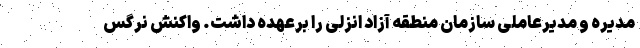
مدیره و مدیرعاملی سازمان منطقه آزاد انزلی را برعهده داشت. واکنش نرگس